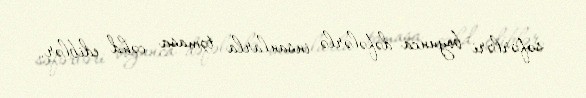
səfərləri boyunca dəfələrlə insanlarla təmasa cəhd ediblər.